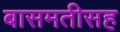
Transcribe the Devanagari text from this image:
बासमतीसह